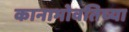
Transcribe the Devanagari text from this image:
कानाभोवतिच्या